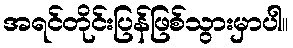
အရင်တိုင်းပြန်ဖြစ်သွားမှာပါ။